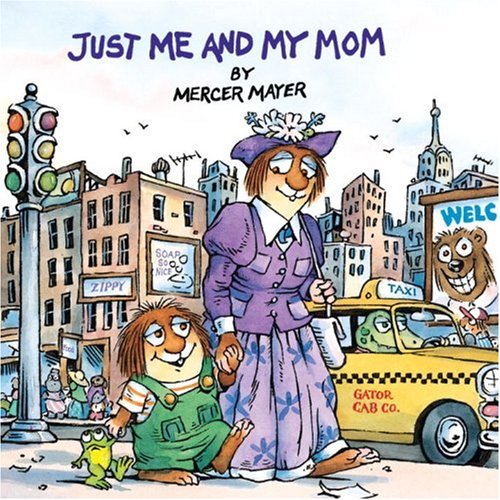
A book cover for Just Me and My Mom (A Little Critter Book); Mercer Mayer; Children's Books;